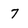
Character: 7